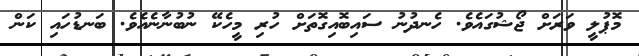
މޮޕުލީ ވަރަށް ޖޯޝުގައެވެ. ހެނދުނު ސައިބޮއިގޮތަށް ހުރި މީހެކޭ ނުބުނާނެއެވެ. ބަނޑުހައި ކަން